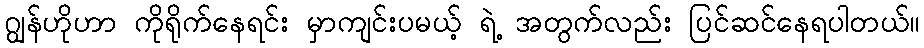
ဂျွန်ဟိုဟာ ကိုရိုက်နေရင်း မှာကျင်းပမယ့် ရဲ့ အတွက်လည်း ပြင်ဆင်နေရပါတယ်။